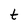
Character: t